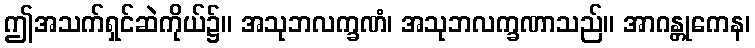
ဤအသက်ရှင်ဆဲကိုယ်၌။ အသုဘလက္ခဏံ၊ အသုဘလက္ခဏာသည်။ အာဂန္တုကေန၊